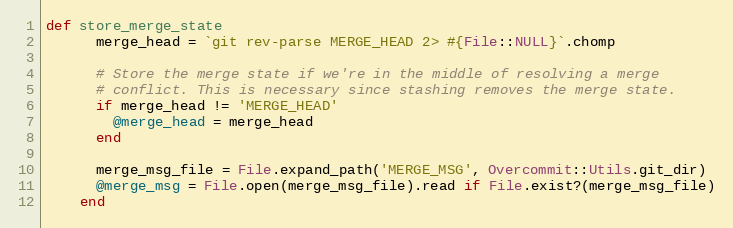
Language: Ruby
def store_merge_state
      merge_head = `git rev-parse MERGE_HEAD 2> #{File::NULL}`.chomp

      # Store the merge state if we're in the middle of resolving a merge
      # conflict. This is necessary since stashing removes the merge state.
      if merge_head != 'MERGE_HEAD'
        @merge_head = merge_head
      end

      merge_msg_file = File.expand_path('MERGE_MSG', Overcommit::Utils.git_dir)
      @merge_msg = File.open(merge_msg_file).read if File.exist?(merge_msg_file)
    end